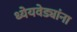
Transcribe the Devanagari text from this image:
ध्येयवेड्यांना